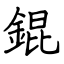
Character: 錕